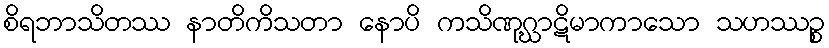
စိရဘာသိတဿ နာတိကိသတာ နောပိ ကသိဏုဂ္ဃာဋိမာကာသော သဟဿဉ္စ